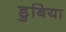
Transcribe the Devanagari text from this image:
डुबिया